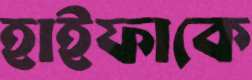
হাইফাকে